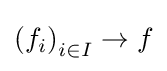
\left(f_{i}\right)_{i\in I}\to f